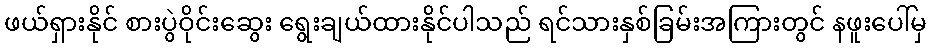
ဖယ်ရှားနိုင် စားပွဲဝိုင်းဆွေး ရွေးချယ်ထားနိုင်ပါသည် ရင်သားနှစ်ခြမ်းအကြားတွင် နဖူးပေါ်မှ